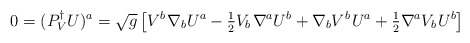
\begin{align*}0 = (P_V^{\dagger} U)^a=\sqrt g\left[ {V^b\kern 1pt\nabla _bU^a-{\textstyle{1 \over 2}}V_b\kern 1pt\nabla ^aU^b+\nabla _bV^b\kern 1ptU^a+{\textstyle{1 \over 2}}\nabla ^aV_b\kern 1ptU^b} \right] \end{align*}